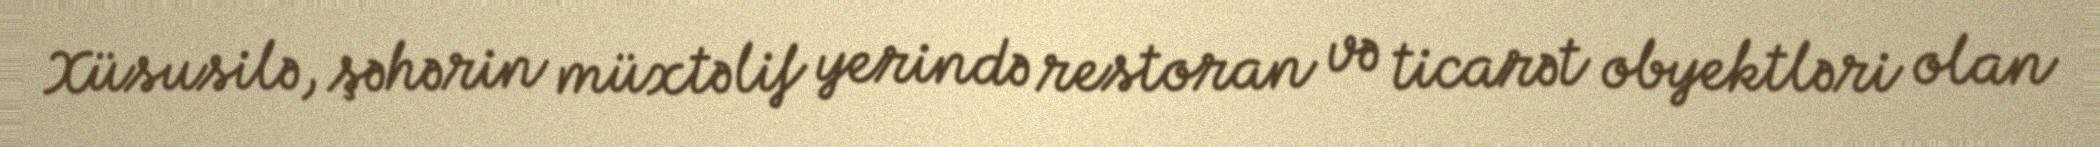
Xüsusilə, şəhərin müxtəlif yerində restoran və ticarət obyektləri olan